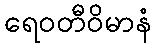
ရေဝတီဝိမာနံ